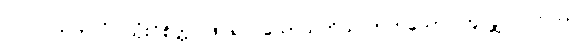
ပြင်ဂဂတတလံ၊ သုံးဝိစိတ္တ ဖြင်၍။ သောသတိယလာတသော၊ တူလျှင်။ တဿ၊